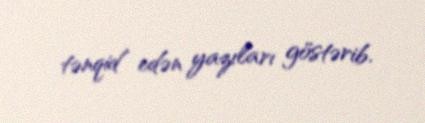
tənqid edən yazıları göstərib.